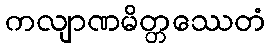
ကလျာဏမိတ္တဿေတံ